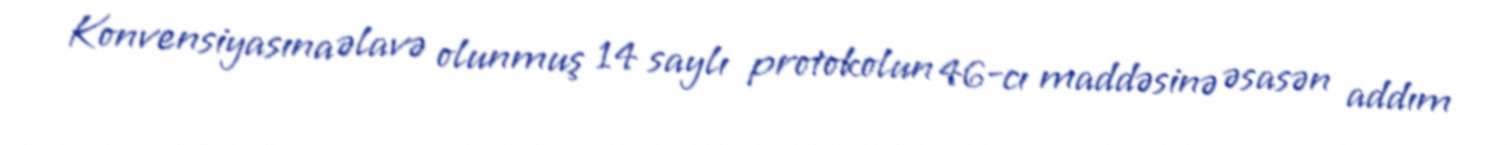
Konvensiyasına əlavə olunmuş 14 saylı protokolun 46-cı maddəsinə əsasən addım